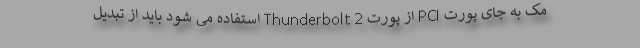
مک به جای پورت PCI از پورت Thunderbolt 2 استفاده می شود باید از تبدیل